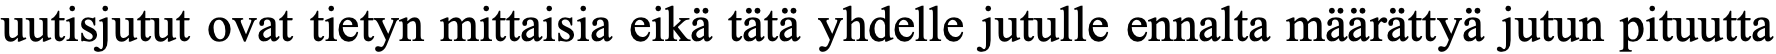
uutisjutut ovat tietyn mittaisia eikä tätä yhdelle jutulle ennalta määrättyä jutun pituutta